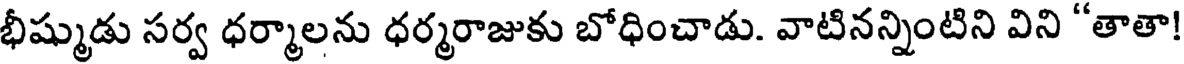
భీష్ముడు సర్వ ధర్మాలను ధర్మరాజుకు బోధించాడు. వాటినన్నింటిని విని "తాతా!